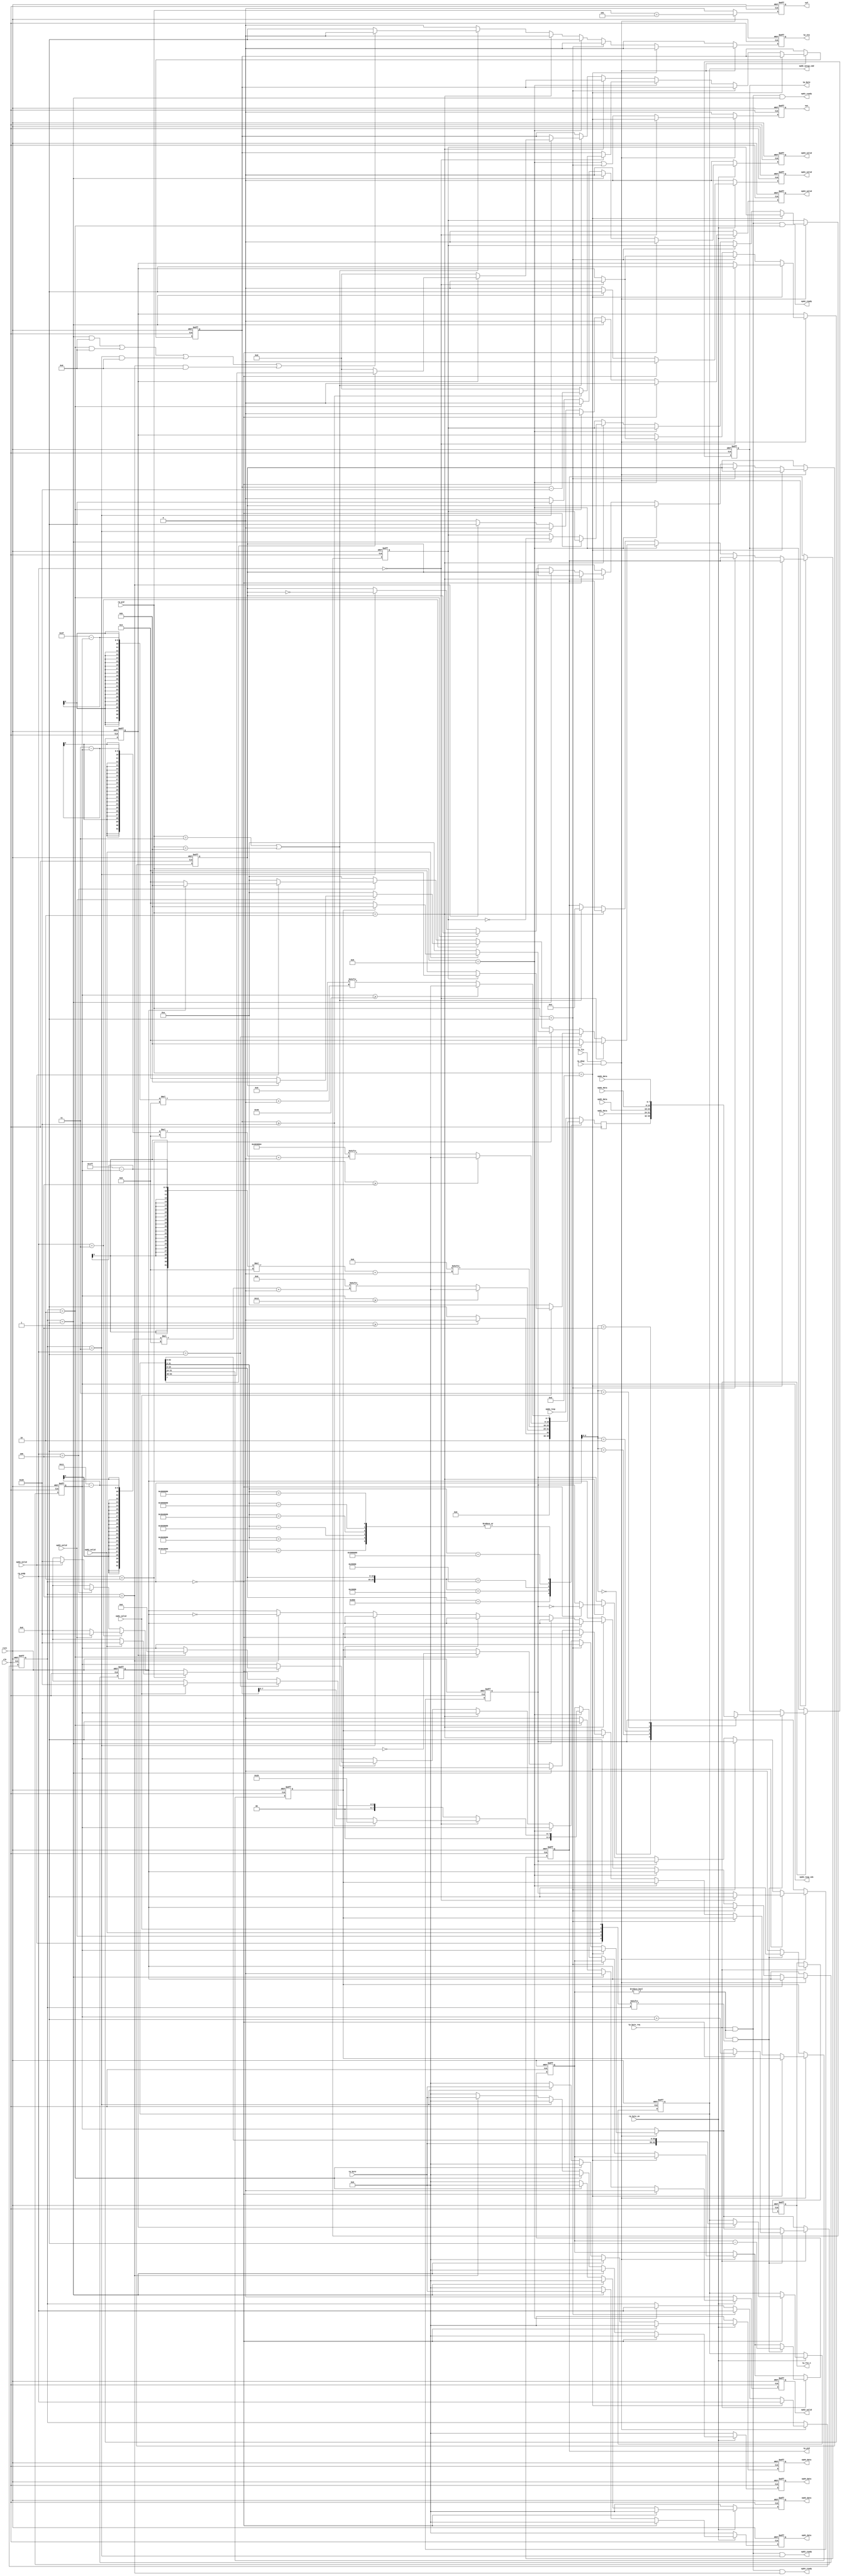

//--------------------------------------------------------------------------------------------------------
// Module  : usbfs_transaction
// Type    : synthesizable, IP's sub module
// Standard: Verilog 2001 (IEEE1364-2001)
// Function: USB device transaction level controller
//--------------------------------------------------------------------------------------------------------
// ep00_setup_cmd structure:
// |  wLength  |  wIndex   |  wValue   |  bRequest  |  bmRequestType                      |
// |  wLength  |  wIndex   |  wValue   |  bRequest  |  Direction  |  Type   |  Recipient  |
// |  [63:48]  |  [47:32]  |  [31:16]  |  [15:8]    |  [7]        |  [6:5]  |  [4:0]      |
//--------------------------------------------------------------------------------------------------------

module usbfs_transaction #(
    parameter [ 18*8-1:0] DESCRIPTOR_DEVICE = 0,                  // 18 byte capacity
    parameter [ 64*8-1:0] DESCRIPTOR_STR1   = 0,                  // 64 byte capacity
    parameter [ 64*8-1:0] DESCRIPTOR_STR2   = 0,                  // 64 byte capacity
    parameter [ 64*8-1:0] DESCRIPTOR_STR3   = 0,                  // 64 byte capacity
    parameter [ 64*8-1:0] DESCRIPTOR_STR4   = 0,                  // 64 byte capacity
    parameter [ 64*8-1:0] DESCRIPTOR_STR5   = 0,                  // 64 byte capacity
    parameter [ 64*8-1:0] DESCRIPTOR_STR6   = 0,                  // 64 byte capacity
    parameter [512*8-1:0] DESCRIPTOR_CONFIG = 0,                  // 512 byte capacity
    parameter       [7:0] EP00_MAXPKTSIZE   = 8'h20,              // endpoint 00 (control endpoint) packet byte length.
    parameter       [9:0] EP81_MAXPKTSIZE   = 10'h20,             // endpoint 81 packet byte length. If it is a ISOCHRONOUS endpoint, MAXPKTSIZE can be 10'h1~10'h3FF, otherwise MAXPKTSIZE can only be 10'h8, 10'h10, 10'h20, or 10'h40.
    parameter       [9:0] EP82_MAXPKTSIZE   = 10'h20,             // endpoint 82 packet byte length. If it is a ISOCHRONOUS endpoint, MAXPKTSIZE can be 10'h1~10'h3FF, otherwise MAXPKTSIZE can only be 10'h8, 10'h10, 10'h20, or 10'h40.
    parameter       [9:0] EP83_MAXPKTSIZE   = 10'h20,             // endpoint 83 packet byte length. If it is a ISOCHRONOUS endpoint, MAXPKTSIZE can be 10'h1~10'h3FF, otherwise MAXPKTSIZE can only be 10'h8, 10'h10, 10'h20, or 10'h40.
    parameter       [9:0] EP84_MAXPKTSIZE   = 10'h20,             // endpoint 84 packet byte length. If it is a ISOCHRONOUS endpoint, MAXPKTSIZE can be 10'h1~10'h3FF, otherwise MAXPKTSIZE can only be 10'h8, 10'h10, 10'h20, or 10'h40.
    parameter             EP81_ISOCHRONOUS  = 0,                  // endpoint 81 is ISOCHRONOUS ?
    parameter             EP82_ISOCHRONOUS  = 0,                  // endpoint 82 is ISOCHRONOUS ?
    parameter             EP83_ISOCHRONOUS  = 0,                  // endpoint 83 is ISOCHRONOUS ?
    parameter             EP84_ISOCHRONOUS  = 0,                  // endpoint 84 is ISOCHRONOUS ?
    parameter             EP01_ISOCHRONOUS  = 0,                  // endpoint 01 is ISOCHRONOUS ?
    parameter             EP02_ISOCHRONOUS  = 0,                  // endpoint 02 is ISOCHRONOUS ?
    parameter             EP03_ISOCHRONOUS  = 0,                  // endpoint 03 is ISOCHRONOUS ?
    parameter             EP04_ISOCHRONOUS  = 0                   // endpoint 04 is ISOCHRONOUS ?
) (
    input  wire        rstn,
    input  wire        clk,
    // RX packet-level signals
    input  wire [ 3:0] rp_pid,
    input  wire [ 3:0] rp_endp,
    input  wire        rp_byte_en,
    input  wire [ 7:0] rp_byte,
    input  wire        rp_fin,
    input  wire        rp_okay,
    // TX packet-level signals (device NEVER send token and special packet)
    output reg         tp_sta,
    output reg  [ 3:0] tp_pid,
    input  wire        tp_byte_req,
    output reg  [ 7:0] tp_byte,
    output reg         tp_fin_n,
    // 
    output reg         sot,            // detect a start of USB-transfer
    output reg         sof,            // detect a start of USB-frame
    // endpoint 0 (control endpoint) command response interface
    output reg  [63:0] ep00_setup_cmd,
    output reg  [ 8:0] ep00_resp_idx,
    input  wire [ 7:0] ep00_resp,
    // endpoint 0x81 data input
    input  wire [ 7:0] ep81_data,
    input  wire        ep81_valid,
    output wire        ep81_ready,
    // endpoint 0x82 data input
    input  wire [ 7:0] ep82_data,
    input  wire        ep82_valid,
    output wire        ep82_ready,
    // endpoint 0x83 data input
    input  wire [ 7:0] ep83_data,
    input  wire        ep83_valid,
    output wire        ep83_ready,
    // endpoint 0x84 data input
    input  wire [ 7:0] ep84_data,
    input  wire        ep84_valid,
    output wire        ep84_ready,
    // endpoint 0x01 data output
    output reg  [ 7:0] ep01_data,
    output reg         ep01_valid,
    // endpoint 0x02 data output
    output reg  [ 7:0] ep02_data,
    output reg         ep02_valid,
    // endpoint 0x03 data output
    output reg  [ 7:0] ep03_data,
    output reg         ep03_valid,
    // endpoint 0x04 data output
    output reg  [ 7:0] ep04_data,
    output reg         ep04_valid
);



initial tp_sta   = 1'b0;
initial tp_pid   = 4'h0;
initial tp_byte  = 8'h0;
initial tp_fin_n = 1'b0;
initial sot = 1'b0;
initial sof = 1'b0;
initial ep00_setup_cmd = 64'h0;
initial ep00_resp_idx  = 9'h0;
initial ep01_data  = 8'h0;
initial ep01_valid = 1'b0;
initial ep02_data  = 8'h0;
initial ep02_valid = 1'b0;
initial ep03_data  = 8'h0;
initial ep03_valid = 1'b0;
initial ep04_data  = 8'h0;
initial ep04_valid = 1'b0;



localparam [3:0] PID_OUT    = 4'h1;
localparam [3:0] PID_IN     = 4'h9;
localparam [3:0] PID_SETUP  = 4'hD;
localparam [3:0] PID_SOF    = 4'h5;
localparam [3:0] PID_DATA0  = 4'h3;
localparam [3:0] PID_DATA1  = 4'hB;
//localparam [3:0] PID_DATA2  = 4'h7;  // unused in USB 1.1
//localparam [3:0] PID_MDATA  = 4'hF;  // unused in USB 1.1
localparam [3:0] PID_ACK    = 4'h2;
localparam [3:0] PID_NAK    = 4'hA;
//localparam [3:0] PID_STALL  = 4'hE;  // unused in this USB 1.1 device core
//localparam [3:0] PID_NYET   = 4'h6;  // unused in USB 1.1



reg [ 9:0] tp_cnt = 10'h0;

reg [ 3:0] endp = 4'h0;

reg        ep00_setup = 1'b0;
reg [15:0] ep00_total = 16'h0;
reg [ 7:0] ep00_data  = 8'h0;
reg        ep00_data1 = 1'b0;

reg        ep81_data1 = 1'b0;
reg        ep82_data1 = 1'b0;
reg        ep83_data1 = 1'b0;
reg        ep84_data1 = 1'b0;

wire [4:0] ep8x_valid = {ep84_valid, ep83_valid, ep82_valid, ep81_valid, 1'b1};
wire [7:0] ep8x_data [4:0];
assign ep8x_data[0] = ep00_data;
assign ep8x_data[1] = ep81_data;
assign ep8x_data[2] = ep82_data;
assign ep8x_data[3] = ep83_data;
assign ep8x_data[4] = ep84_data;



//-------------------------------------------------------------------------------------------------------------------------------------
// main
//-------------------------------------------------------------------------------------------------------------------------------------
always @ (posedge clk or negedge rstn)
    if (~rstn) begin
        tp_sta   <= 1'b0;
        tp_pid   <= 4'h0;
        tp_byte  <= 8'h0;
        tp_fin_n <= 1'b0;
        
        tp_cnt <= 10'h0;
        endp   <= 4'h0;
        ep00_setup <= 1'b0;
        ep00_total <= 16'h0;
        ep00_data1 <= 1'b0;
        ep81_data1 <= 1'b0;
        ep82_data1 <= 1'b0;
        ep83_data1 <= 1'b0;
        ep84_data1 <= 1'b0;
        
        ep00_resp_idx <= 9'h0;
    end else begin
        tp_sta <= 1'b0;
        if (rp_fin & rp_okay) begin                                                                  // recv a packet
            if         (rp_pid == PID_SETUP) begin                                                   //   recv SETUP token
                endp <= rp_endp;                                                                     //
                if (rp_endp == 4'd0) begin                                                           //
                    ep00_setup <= 1'b1;                                                              //
                    ep00_data1 <= 1'b1;                                                              //
                end                                                                                  //
            end else if (rp_pid == PID_OUT) begin                                                    //   recv OUT token
                endp <= rp_endp;                                                                     //
                if (rp_endp == 4'd0)                                                                 //
                    ep00_setup <= 1'b0;                                                              //
            end else if (rp_pid == PID_IN) begin                                                     //   recv IN token
                endp <= rp_endp;                                                                     //
                tp_sta <= 1'b1;                                                                      //
                tp_pid <= PID_NAK;                                                                   //     send NAK by default
                tp_cnt <= 10'h0;                                                                     //     send len = 0 by default
                if (rp_endp == 4'd0) begin                                                           //     if IN ENDP=0
                    ep00_setup <= 1'b0;                                                              //
                    tp_pid <= ep00_data1 ? PID_DATA1 : PID_DATA0;                                    //       send DATA1 or DATA0
                    if (ep00_total >= {8'h0,EP00_MAXPKTSIZE}) begin                                  //
                        tp_cnt <= {2'h0, EP00_MAXPKTSIZE};                                           //
                        ep00_total <= ep00_total - {8'h0,EP00_MAXPKTSIZE};                           //
                    end else begin                                                                   //
                        tp_cnt <= {2'h0, ep00_total[7:0]};                                           //
                        ep00_total <= 16'h0;                                                         //
                    end                                                                              //
                end else if (rp_endp == 4'd1) begin                                                  //     if IN ENDP=1
                    if (ep81_valid) begin                                                            //
                        tp_pid <= (ep81_data1 && !EP81_ISOCHRONOUS) ? PID_DATA1 : PID_DATA0;
                        tp_cnt <= EP81_MAXPKTSIZE;                                                   //
                    end                                                                              //
                end else if (rp_endp == 4'd2) begin                                                  //     if IN ENDP=2
                    if (ep82_valid) begin                                                            //
                        tp_pid <= (ep82_data1 && !EP82_ISOCHRONOUS) ? PID_DATA1 : PID_DATA0;
                        tp_cnt <= EP82_MAXPKTSIZE;                                                   //
                    end                                                                              //
                end else if (rp_endp == 4'd3) begin                                                  //     if IN ENDP=3
                    if (ep83_valid) begin                                                            //
                        tp_pid <= (ep83_data1 && !EP83_ISOCHRONOUS) ? PID_DATA1 : PID_DATA0;
                        tp_cnt <= EP83_MAXPKTSIZE;                                                   //
                    end                                                                              //
                end else if (rp_endp == 4'd4) begin                                                  //     if IN ENDP=4
                    if (ep84_valid) begin                                                            //
                        tp_pid <= (ep84_data1 && !EP84_ISOCHRONOUS) ? PID_DATA1 : PID_DATA0;
                        tp_cnt <= EP84_MAXPKTSIZE;                                                   //
                    end                                                                              //
                end                                                                                  //
            end else if ( rp_pid == PID_ACK ) begin                                                  //    recv ACK handshake
                if      (endp == 4'd0)
                    ep00_data1 <= ~ep00_data1;                                                       //       DATA0/1 flop
                else if (endp == 4'd1)
                    ep81_data1 <= ~ep81_data1 && !EP81_ISOCHRONOUS;                                  //       DATA0/1 flop
                else if (endp == 4'd2)
                    ep82_data1 <= ~ep82_data1 && !EP82_ISOCHRONOUS;                                  //       DATA0/1 flop
                else if (endp == 4'd3)
                    ep83_data1 <= ~ep83_data1 && !EP83_ISOCHRONOUS;                                  //       DATA0/1 flop
                else if (endp == 4'd4)
                    ep84_data1 <= ~ep84_data1 && !EP84_ISOCHRONOUS;                                  //       DATA0/1 flop
            end else if (rp_pid == PID_DATA0 || rp_pid == PID_DATA1) begin                           //   recv packet is DATA0 or DATA1
                if (endp == 4'd0) begin                                                              //     previous token (OUT or setup) is endpoint 00 
                    ep00_total <= 16'h0;                                                             //
                    if (ep00_setup) begin                                                            //       if last token = SETUP, device has received a 8byte SETUP command
                        if (ep00_setup_cmd[7])                                                       //
                            ep00_total <= ep00_setup_cmd[63:48];                                     //
                        ep00_resp_idx <= 9'h0;                                                       //
                    end
                end                                                                                  //
                tp_sta <= 1'b1;                                                                      //       send ACK by default
                tp_pid <= PID_ACK;                                                                   //       send ACK by default
                if ( (endp == 4'd1 && EP01_ISOCHRONOUS) ||                                           //
                    (endp == 4'd2 && EP02_ISOCHRONOUS) ||                                            //
                    (endp == 4'd3 && EP03_ISOCHRONOUS) ||                                            //
                    (endp == 4'd4 && EP04_ISOCHRONOUS)   )                                           //     if this recv data packet corresponds to a ISOCHRONOUS OUT endpoint.
                    tp_sta <= 1'b0;                                                                  //       do not send ACK.
            end                                                                                      //
        end                                                                                          //
        if (tp_byte_req) begin
            tp_fin_n <= 1'b0;
            if ( (tp_cnt != 10'h0) && ep8x_valid[endp] ) begin
                tp_cnt <= tp_cnt - 10'd1;
                tp_fin_n <= 1'b1;
                tp_byte <= ep8x_data[endp];
                if (endp == 4'd0)
                    ep00_resp_idx <= ep00_resp_idx + 9'd1;
            end
        end
    end



//-------------------------------------------------------------------------------------------------------------------------------------
// when tp_byte_req=1 , endpoint number matching, and there is data to send, then the IN endpoint is ready to send a data
//-------------------------------------------------------------------------------------------------------------------------------------
assign ep81_ready = (tp_byte_req && (tp_cnt != 10'h0) && (endp == 4'd1));
assign ep82_ready = (tp_byte_req && (tp_cnt != 10'h0) && (endp == 4'd2));
assign ep83_ready = (tp_byte_req && (tp_cnt != 10'h0) && (endp == 4'd3));
assign ep84_ready = (tp_byte_req && (tp_cnt != 10'h0) && (endp == 4'd4));



//-------------------------------------------------------------------------------------------------------------------------------------
// response IN data on endpoint 0 (control endpoint)
//-------------------------------------------------------------------------------------------------------------------------------------
localparam [31:0] DESCRIPTOR_STR0 = 32'h04_03_09_04;

always @ (posedge clk)
    casex(ep00_setup_cmd[31:0])
        32'hXXXX_08_80  : ep00_data <= (ep00_resp_idx>=  9'd1) ? 8'h00 : 8'h01;                                                   // GetConfiguration -> response configuration 1
        32'h01XX_06_80  : ep00_data <= (ep00_resp_idx>= 9'd18) ? 8'h00 : DESCRIPTOR_DEVICE[ (18 - 1 - ep00_resp_idx) * 8 +: 8 ];  // GetDescriptor -> response device descriptor
        32'h02XX_06_80  : ep00_data <=                                   DESCRIPTOR_CONFIG[ (512- 1 - ep00_resp_idx) * 8 +: 8 ];  // GetDescriptor -> response configuration descriptor
        32'h0300_06_80  : ep00_data <= (ep00_resp_idx>=  9'd4) ? 8'h00 : DESCRIPTOR_STR0  [ (4  - 1 - ep00_resp_idx) * 8 +: 8 ];  // GetDescriptor -> response string descriptor 0
        32'h0301_06_80  : ep00_data <= (ep00_resp_idx>= 9'd64) ? 8'h00 : DESCRIPTOR_STR1  [ (64 - 1 - ep00_resp_idx) * 8 +: 8 ];  // GetDescriptor -> response string descriptor 1
        32'h0302_06_80  : ep00_data <= (ep00_resp_idx>= 9'd64) ? 8'h00 : DESCRIPTOR_STR2  [ (64 - 1 - ep00_resp_idx) * 8 +: 8 ];  // GetDescriptor -> response string descriptor 2
        32'h0303_06_80  : ep00_data <= (ep00_resp_idx>= 9'd64) ? 8'h00 : DESCRIPTOR_STR3  [ (64 - 1 - ep00_resp_idx) * 8 +: 8 ];  // GetDescriptor -> response string descriptor 3
        32'h0304_06_80  : ep00_data <= (ep00_resp_idx>= 9'd64) ? 8'h00 : DESCRIPTOR_STR4  [ (64 - 1 - ep00_resp_idx) * 8 +: 8 ];  // GetDescriptor -> response string descriptor 4
        32'h0305_06_80  : ep00_data <= (ep00_resp_idx>= 9'd64) ? 8'h00 : DESCRIPTOR_STR5  [ (64 - 1 - ep00_resp_idx) * 8 +: 8 ];  // GetDescriptor -> response string descriptor 5
        32'h0306_06_80  : ep00_data <= (ep00_resp_idx>= 9'd64) ? 8'h00 : DESCRIPTOR_STR6  [ (64 - 1 - ep00_resp_idx) * 8 +: 8 ];  // GetDescriptor -> response string descriptor 6
        default          : ep00_data <= ep00_resp;                                                                                 // other : response by user
    endcase



//-------------------------------------------------------------------------------------------------------------------------------------
// process OUT data
//-------------------------------------------------------------------------------------------------------------------------------------
always @ (posedge clk or negedge rstn)
    if (~rstn) begin
        ep00_setup_cmd <= 64'h0;
        ep01_data  <= 8'h0;
        ep01_valid <= 1'b0;
        ep02_data  <= 8'h0;
        ep02_valid <= 1'b0;
        ep03_data  <= 8'h0;
        ep03_valid <= 1'b0;
        ep04_data  <= 8'h0;
        ep04_valid <= 1'b0;
    end else begin
        ep01_data  <= 8'h0;
        ep01_valid <= 1'b0;
        ep02_data  <= 8'h0;
        ep02_valid <= 1'b0;
        ep03_data  <= 8'h0;
        ep03_valid <= 1'b0;
        ep04_data  <= 8'h0;
        ep04_valid <= 1'b0;
        if (rp_byte_en) begin
            if (endp == 4'd0) begin                                        // endpoint 0 OUT -> SETUP command
                if (ep00_setup)
                    ep00_setup_cmd <= {rp_byte, ep00_setup_cmd[63:8]};     // save 8 bytes SETUP command
            end else if (endp == 4'd1) begin                               // endpoint 01 OUT
                ep01_data  <= rp_byte;
                ep01_valid <= 1'b1;
            end else if (endp == 4'd2) begin                               // endpoint 02 OUT
                ep02_data  <= rp_byte;
                ep02_valid <= 1'b1;
            end else if (endp == 4'd3) begin                               // endpoint 03 OUT
                ep03_data  <= rp_byte;
                ep03_valid <= 1'b1;
            end else if (endp == 4'd4) begin                               // endpoint 04 OUT
                ep04_data  <= rp_byte;
                ep04_valid <= 1'b1;
            end
        end
    end



//-------------------------------------------------------------------------------------------------------------------------------------
// detect the IN/OUT packet border and the SOF
//-------------------------------------------------------------------------------------------------------------------------------------
always @ (posedge clk or negedge rstn)
    if (~rstn) begin
        sot <= 1'b0;
        sof <= 1'b0;
    end else begin
        sot <= 1'b0;
        sof <= 1'b0;
        if (rp_fin & rp_okay) begin
            if (rp_endp == 4'd0)
                sot <= (rp_pid == PID_SETUP);
            else
                sot <= (rp_pid == PID_IN || rp_pid == PID_OUT);
            sof <= (rp_pid == PID_SOF);
        end
    end



endmodule